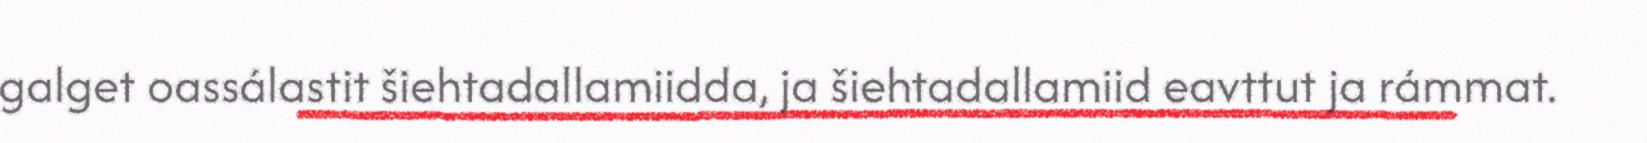
galget oassálastit šiehtadallamiidda, ja šiehtadallamiid eavttut ja rámmat.